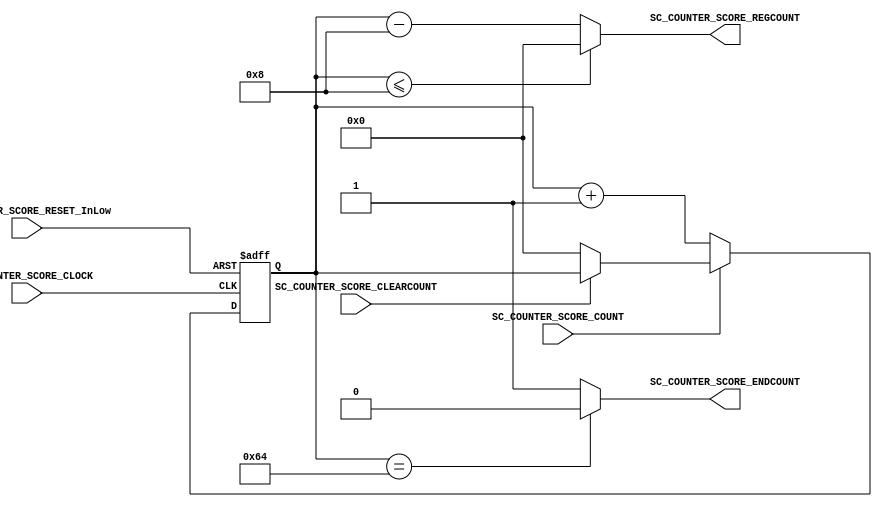

//=======================================================
//  MODULE Definition
//=======================================================

module SC_COUNTER_SCORE #(parameter N=8)
(

	//////////// INPUTS //////////
	input wire SC_COUNTER_SCORE_CLOCK,
	input wire SC_COUNTER_SCORE_RESET_InLow,
	
	input wire SC_COUNTER_SCORE_COUNT,
	input wire SC_COUNTER_SCORE_CLEARCOUNT,
	
	//////////// OUTPUTS ////////// 
	output reg[N-1:0] SC_COUNTER_SCORE_REGCOUNT, //Output bus for count
	output wire SC_COUNTER_SCORE_ENDCOUNT //Output flag for end of count

);

//=======================================================
//  REG/WIRE declarations
//=======================================================

reg [N-1:0] R_Register; //Registers for sequential part of counter
reg [N-1:0] R_Next;

//=======================================================
//  Structural coding
//=======================================================


//INPUT LOGIC: COMBINATIONAL
always @(*)
begin
	if (SC_COUNTER_SCORE_COUNT == 1'b0)
		R_Next = R_Register + 1'b1;
	else if (SC_COUNTER_SCORE_CLEARCOUNT == 1'b0)
		R_Next = 8'b00000000;
	else
		R_Next = R_Register;
end


//STATE REGISTER: SEQUENTIAL
always @(posedge SC_COUNTER_SCORE_CLOCK, negedge SC_COUNTER_SCORE_RESET_InLow)
	if (SC_COUNTER_SCORE_RESET_InLow == 1'b0)
		R_Register <= 8'b00000000;
	else
		R_Register <= R_Next;


//OUTPUT LOGIC: COMBINATIONAL

always @(*)
begin
	if (R_Register <= 8'd8)
		SC_COUNTER_SCORE_REGCOUNT = 8'b00000000;
	else
		SC_COUNTER_SCORE_REGCOUNT = R_Register - 8'd8;
end

assign SC_COUNTER_SCORE_ENDCOUNT = (R_Register == 8'b01100100)? 1'b0 : 1'b1; //Alternative form to comparate output

endmodule